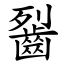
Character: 䶛